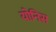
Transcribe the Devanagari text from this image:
योनिस